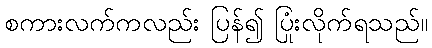
စကားလက်ကလည်း ပြန်၍ ပြုံးလိုက်ရသည်။